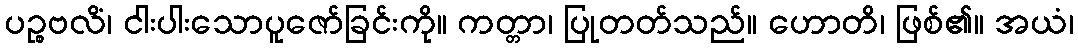
ပဉ္စဗလိံ၊ ငါးပါးသောပူဇော်ခြင်းကို။ ကတ္တာ၊ ပြုတတ်သည်။ ဟောတိ၊ ဖြစ်၏။ အယံ၊